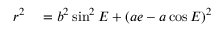
\begin{array} { r l } { r ^ { 2 } } & { { } = b ^ { 2 } \sin ^ { 2 } E + ( a e - a \cos E ) ^ { 2 } } \end{array}